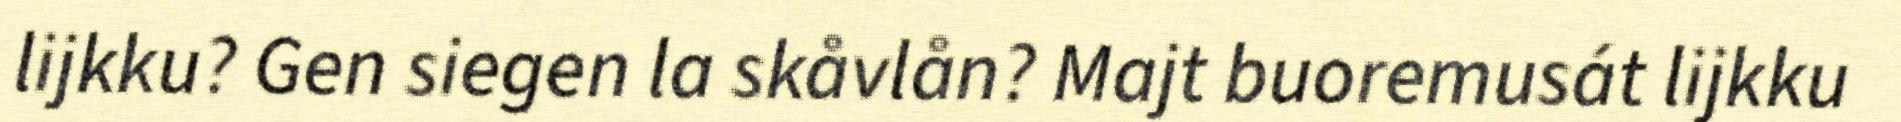
lijkku? Gen siegen la skåvlån? Majt buoremusát lijkku